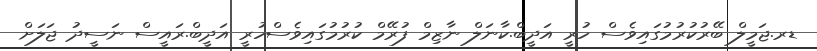
ޑރ.ޖަމީލް ބޭރުކުރުމުގައިވެސް ހުރީ އަދީބް.ކާނަލް ނާޒިމް ފުރޭމް ކުރުމުގައިވެސްހުރީ އަދީބް.ރައީސް ނަސީދު ޖަލަށް